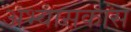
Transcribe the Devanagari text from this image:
अभ्यासकांस